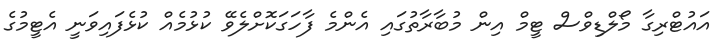
އައުޓްރިގާ މޯލްޑިވްސް ޓީމް އިން މުބާރާތުގައި އެންމެ ފާހަގަކޮށްލެވޭ ކުޅުމެއް ކުޅެފައިވަނީ އެޓީމުގެ